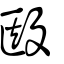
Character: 殹